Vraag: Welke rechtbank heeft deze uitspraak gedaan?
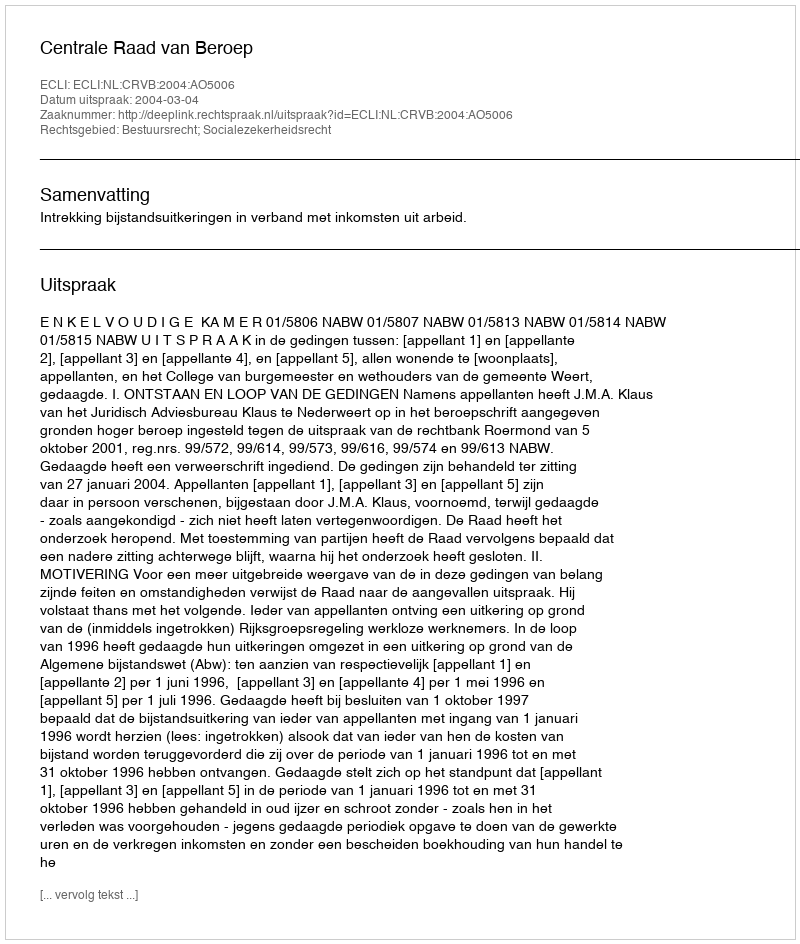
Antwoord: Centrale Raad van Beroep